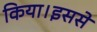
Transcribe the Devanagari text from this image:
किया।इससे